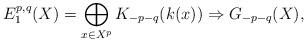
\begin{align*}E_1^{p,q}(X)=\bigoplus_{x\in X^p}K_{-p-q}(k(x))\Rightarrow G_{-p-q}(X),\end{align*}